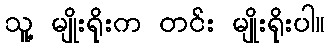
သူ့ မျိုးရိုးက တင်း မျိုးရိုးပါ။